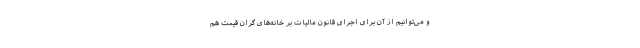
و می‌توانیم از آن برای اجرای قانون مالیات بر خانه‌های گران قیمت هم